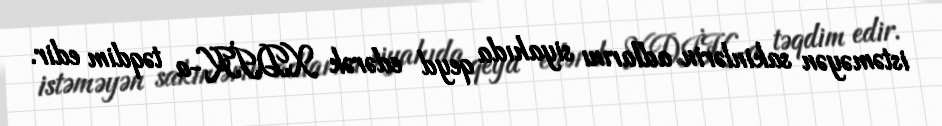
istəməyən sakinlərin adlarını siyahıda qeyd edərək XDİK-a təqdim edir.